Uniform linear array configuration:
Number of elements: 4
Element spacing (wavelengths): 0.25
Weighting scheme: exponential
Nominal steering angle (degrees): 30
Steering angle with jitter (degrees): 29.327
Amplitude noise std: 0.05
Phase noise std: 0.05

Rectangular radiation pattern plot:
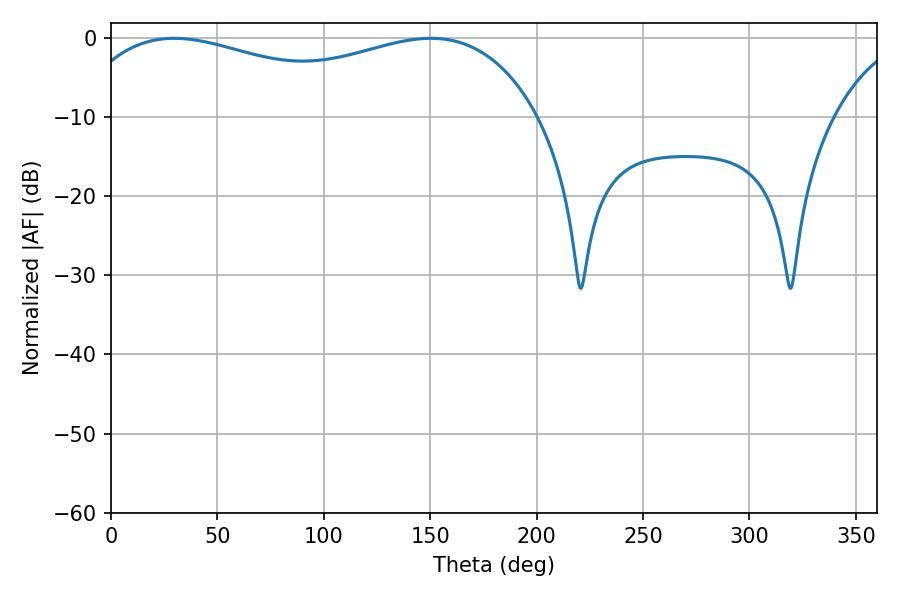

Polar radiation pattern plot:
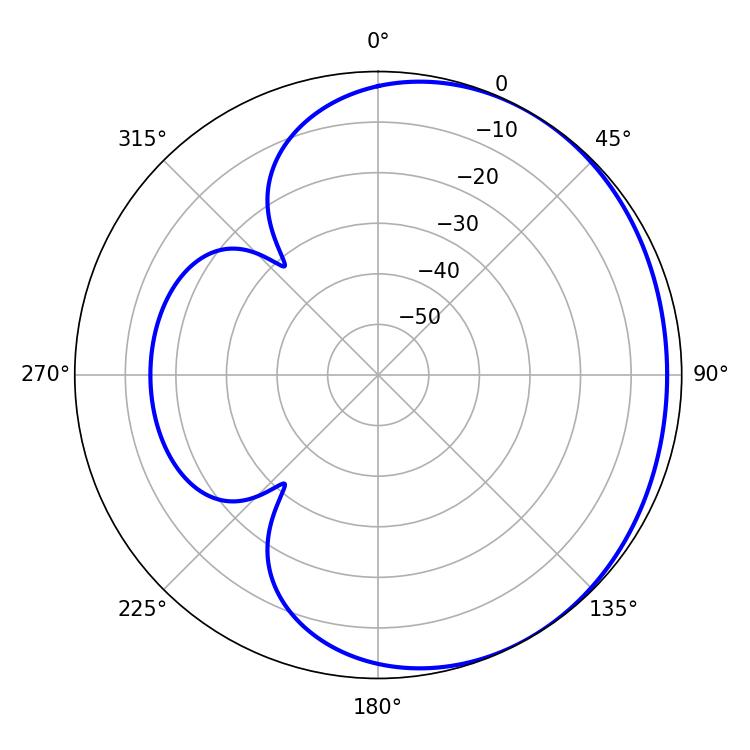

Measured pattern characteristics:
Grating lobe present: FALSE
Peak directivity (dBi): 1.589
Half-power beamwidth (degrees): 180.54
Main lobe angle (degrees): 29.7